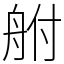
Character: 䑧